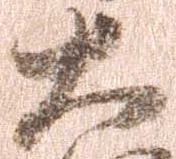
大